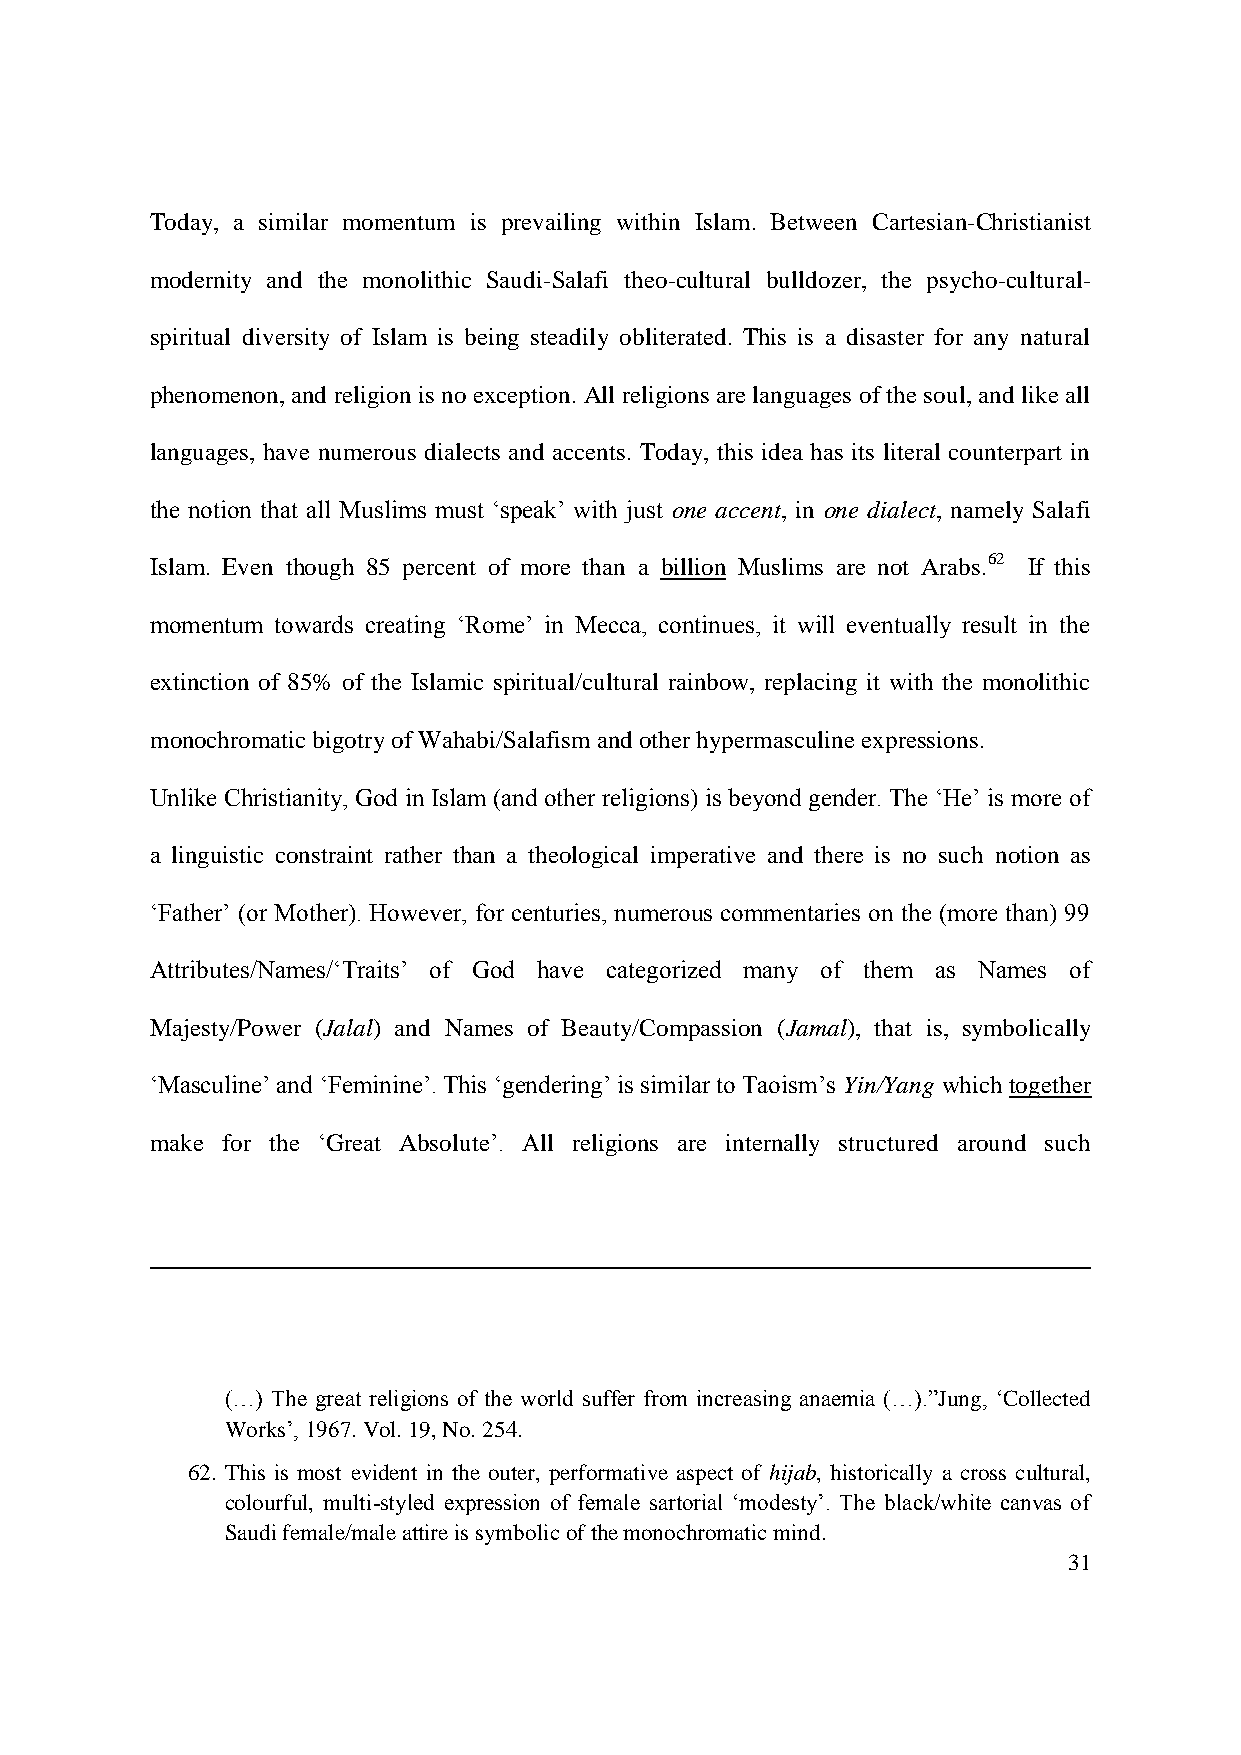
Today, a similar momentum is prevailing within Islam. Between Cartesian-Christianist
 modernity and the monolithic Saudi-Salafi theo-cultural bulldozer, the psycho-cultural-
 spiritual diversity of Islam is being steadily obliterated. This is a disaster for any natural
 phenomenon, and religion is no exception. All religions are languages of the soul, and like all
 languages, have numerous dialects and accents. Today, this idea has its literal counterpart in
 the notion that all Muslims must „speak‟ with just one accent, in one dialect, namely Salafi
 Islam. Even though 85 percent of more than a billion Muslims are not Arabs.62 If this
 momentum towards creating „Rome‟ in Mecca, continues, it will eventually result in the
 extinction of 85% of the Islamic spiritual/cultural rainbow, replacing it with the monolithic
 monochromatic bigotry of Wahabi/Salafism and other hypermasculine expressions.
 Unlike Christianity, God in Islam (and other religions) is beyond gender. The „He‟ is more of
 a linguistic constraint rather than a theological imperative and there is no such notion as
 „Father‟ (or Mother). However, for centuries, numerous commentaries on the (more than) 99
 Attributes/Names/„Traits‟ of God have categorized many of them as Names of
 Majesty/Power (Jalal) and Names of Beauty/Compassion (Jamal), that is, symbolically
 „Masculine‟ and „Feminine‟. This „gendering‟ is similar to Taoism‟s Yin/Yang which together
 make for the „Great Absolute‟. All religions are internally structured around such
 (…) The great religions of the world suffer from increasing anaemia (…).”Jung, „Collected
 Works‟, 1967. Vol. 19, No. 254.
 62. This is most evident in the outer, performative aspect of hijab, historically a cross cultural,
 colourful, multi-styled expression of female sartorial „modesty‟. The black/white canvas of
 Saudi female/male attire is symbolic of the monochromatic mind.
 31